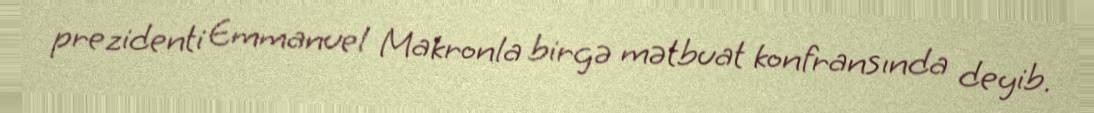
prezidenti Emmanuel Makronla birgə mətbuat konfransında deyib.